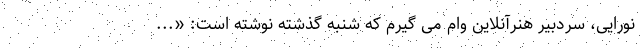
نورایی، سردبیر هنرآنلاین وام می گیرم که شنبه گذشته نوشته است: «...